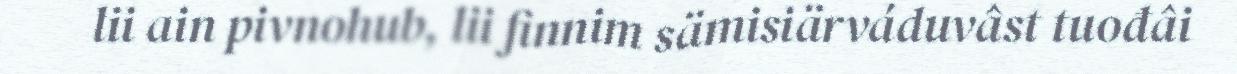
lii ain pivnohub, lii finnim sämisiärváduvâst tuođâi